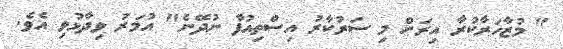
" މުޒާހަރާކުރާ އިރަށް މި ސަރުކާރު އިސްތިއުފާ ނުދޭނެ" އުމަރު ވިދާޅުވި އެވެ.